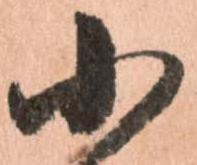
小